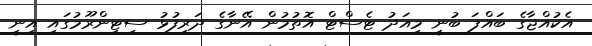
އެކުއްޖާގެ ބައްފަ ބުނީ މިއަދު ޓެސްޓް އޮތުމުން އޭނާގެ ދަރިފުޅު ސިޓިންރޫމުގައި އިނީ